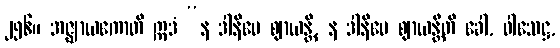
၂၅၆။ အဇ္ဈာယကောတိ ဣဒံ “န ဒါနိမေ ဈာယန္တိ, န ဒါနိမေ ဈာယန္တီတိ ခေါ, ဝါသေဋ္ဌ,